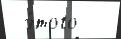
 э́того -